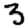
Digit: 3